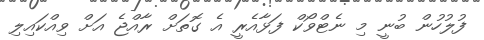
ފުލުހުން ބުނީ މި ނެޓްވޯކް ފަޅާއެރީ އެ ގޮތަށް ރާއްޖެ އަށް ވިއްކައިލި